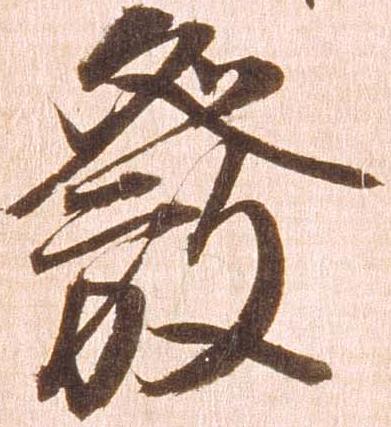
発